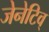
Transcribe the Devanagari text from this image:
जेनेटिव्